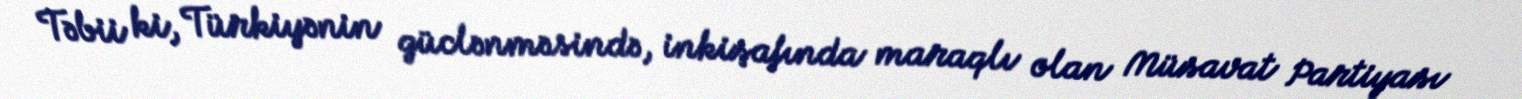
Təbii ki, Türkiyənin güclənməsində, inkişafında maraqlı olan Müsavat Partiyası